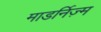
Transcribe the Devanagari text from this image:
माडर्निज़्म